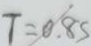
T = 0 . 8 s